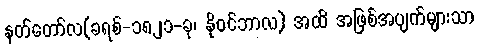
နတ်တော်လ(ခရစ်-၁၈၂၁-ခု၊ နိုဝင်ဘာလ) အထိ အဖြစ်အပျက်များသာ